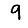
Digit: 9